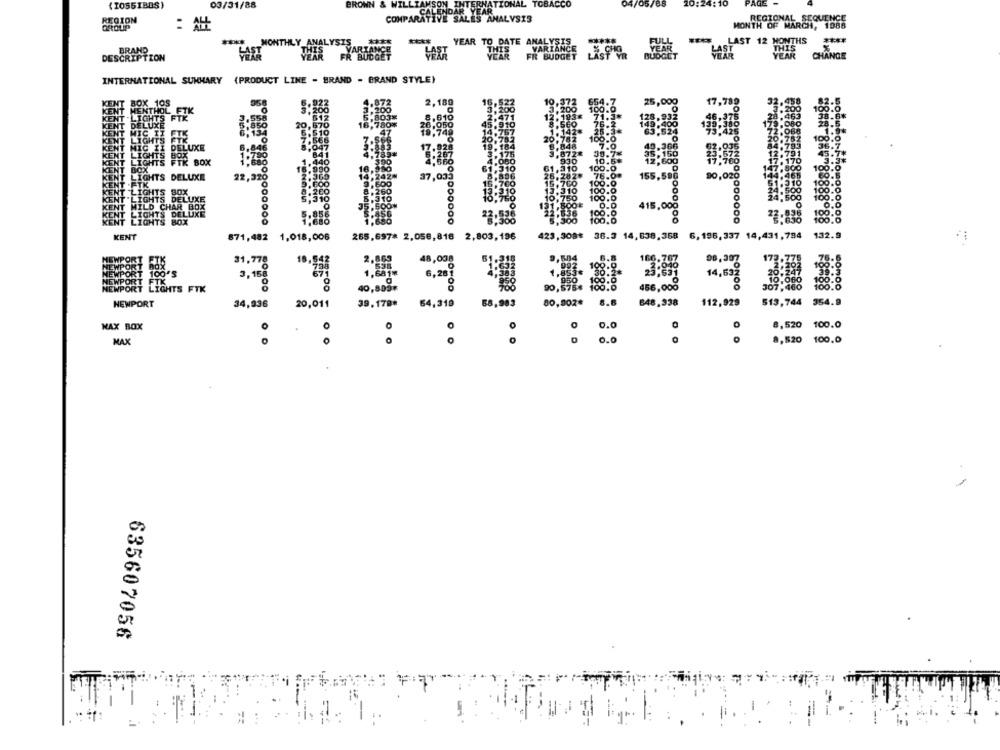
(1055IBOS)
03/31/88
BROWN
INTERNATIONAL TOBACCO
04/05/88
20:24:1
PAGE
REGION
COMPARATIVE SALES
SALES ANALYSIS
REGIONAL SEQUENCE
GROUP
:仕
MONTH OF MARCH, 1988
****
YEAR TO DATE ANALYSIS
VARIANCE
BRAND
NTHLY
VARIANCE
THIS
THELAST 12 MONTHS
DESCRIPTION
FR
FR BUDGET
YEAR
FR BUDGET
LASFOR
CHANGE
INTERNATIONAL SUMMARY (PRODUCT LINE - BRAND - BRAND STYLE)
BOX 105
MENTHOL FTK
KENT
IGHTS FTR
DELUXE
CENT LIGHTS FTK
CENT
MIC II DELUXE
KENT LIGHTS BOX
CENT
LIGHTS
FTK BOX
KENT BOX
LIGHTS DELUXE
KENT .FIK
CENT
"LIGHTS BOX
KENT
UT "LIGHTS DELUXE
CEN
MILD CHAR BOX
LIGHTS DELUXE
KENT
LIGHTS BOX
KENT
265,697* 2,056,818 2
423, 308* 36.3 14, 638,368
6, 196, 337 14,431, 794
100
31,78
FIK
8 8
LIGHTS FTK
6-48,998
NEWPORT
34,936
64,319
68,983
80,002*
8.6
513,744 354.9
MAX BOX
0
0
0
0
0.0
8,520 100.0
MAX
0.0
8,520 100.0
635607056
.